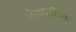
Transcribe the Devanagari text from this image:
देवदासीच्या